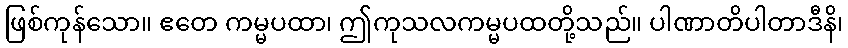
ဖြစ်ကုန်သော။ ဧတေ ကမ္မပထာ၊ ဤကုသလကမ္မပထတို့သည်။ ပါဏာတိပါတာဒီနိ၊